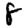
Digit: 8